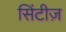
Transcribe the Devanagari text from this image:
सिंटीज़